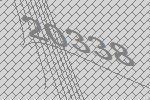
20338